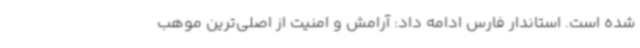
شده است. استاندار فارس ادامه داد: آرامش و امنیت از اصلی‌ترین موهب